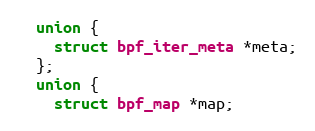
Language: C++
  union {
    struct bpf_iter_meta *meta;
  };
  union {
    struct bpf_map *map;